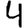
Digit: 4